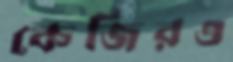
কেজিরও